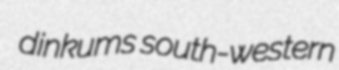
dinkums south-western